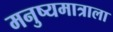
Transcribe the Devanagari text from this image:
मनुष्यमात्राला